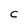
Character: C